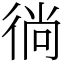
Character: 徜